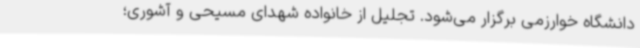
دانشگاه خوارزمی برگزار می‌شود. تجلیل از خانواده شهدای مسیحی و آشوری؛